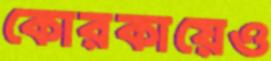
কোরকায়েও